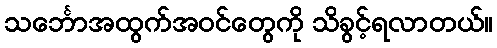
သင်္ဘောအထွက်အဝင်တွေကို သိခွင့်ရလာတယ်။